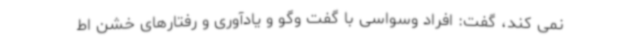
نمی کند، گفت: افراد وسواسی با گفت وگو و یادآوری و رفتارهای خشن اط